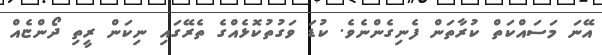
އޭނަ މަސައްކަތް ކުރާތަން ފެނިގެންނެވެ. ކުޑަ ވަގުތުކޮޅެއްގެ ތެރޭގައި ނިކަން ރީތި ދޯންޏެއް